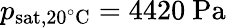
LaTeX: p_{\mathrm{sat,20^{\circ}C}}=4420\ \mathrm{Pa}